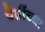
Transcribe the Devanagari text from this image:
पेढींच्या